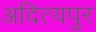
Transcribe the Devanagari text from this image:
अदित्यपुर